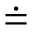
\doteq